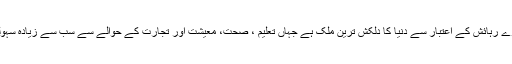
ناروے(سچ ٹائمز) ناروے رہائش کے اعتبار سے دنیا کا دلکش ترین ملک ہے جہاں تعلیم ، صحت، معیشت اور تجارت کے حوالے سے سب سے زیادہ سہولتیں فراہم کی جاتی ہیں۔